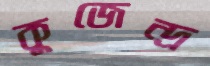
কুজেন্দ্র